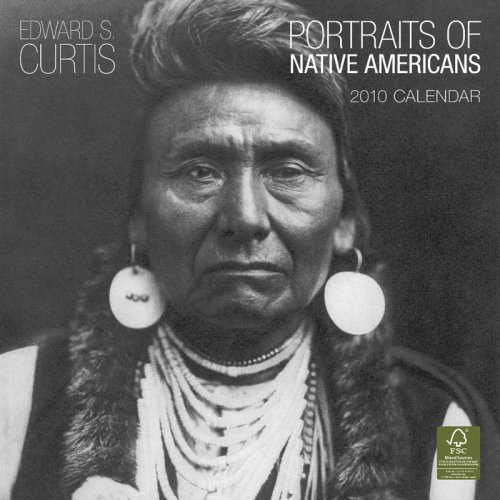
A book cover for Curtis, Edward S.: Portraits of Native Americans 2010 Square Wall (Multilingual Edition); BrownTrout Publishers Inc; Calendars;